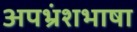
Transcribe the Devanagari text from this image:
अपभ्रंशभाषा